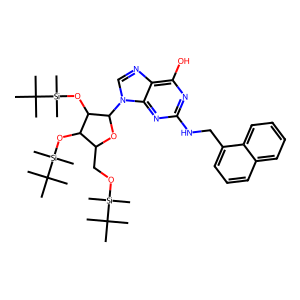
SMILES: CC(C)(C)[Si](C)(C)OCC1OC(n2cnc3c(O)nc(NCc4cccc5ccccc45)nc32)C(O[Si](C)(C)C(C)(C)C)C1O[Si](C)(C)C(C)(C)C
Inhibits HIV replication: No